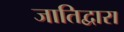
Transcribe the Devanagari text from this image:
जातिद्वारा